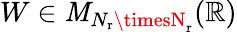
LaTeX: W\in{\cal\mathit{M}}_{N_{\mathrm{{r}}}\timesN_{\mathrm{{r}}}}(\mathbb{{R}})